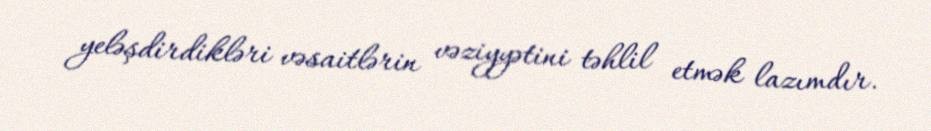
yeləşdirdikləri vəsaitlərin vəziyyətini təhlil etmək lazımdır.